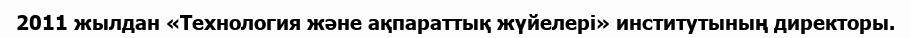
2011 жылдан «Технология және ақпараттық жүйелері» институтының директоры.